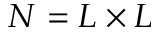
N = L \times L